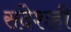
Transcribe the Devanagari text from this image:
संदेशही